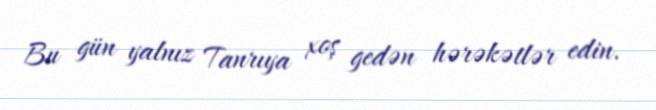
Bu gün yalnız Tanrıya xoş gedən hərəkətlər edin.